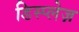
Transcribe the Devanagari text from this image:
डिस्प्लेज़